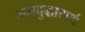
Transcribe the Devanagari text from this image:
जगदुद्धारार्थ